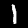
Digit: 1